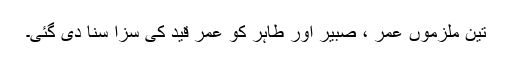
تین ملزموں عمر ، صبیر اور طاہر کو عمر قید کی سزا سنا دی گئی۔